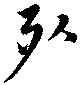
死